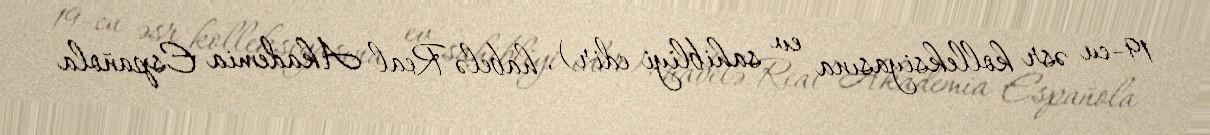
19-cu əsr kolleksiyasına ev sahibliyi edir), habelə Real Akademia Española